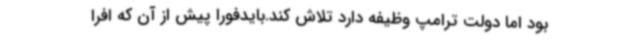
بود اما دولت ترامپ وظیفه دارد تلاش کند.بایدفورا پیش از آن که افرا